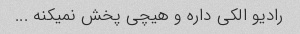
رادیو الکی داره و هیچی پخش نمیکنه ...